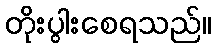
တိုးပွါးစေရသည်။